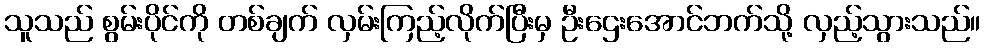
သူသည် စွမ်းပိုင်ကို တစ်ချက် လှမ်းကြည့်လိုက်ပြီးမှ ဦးဌေးအောင်ဘက်သို့ လှည့်သွားသည်။